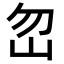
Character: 𡵶